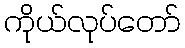
ကိုယ်လုပ်တော်